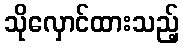
သိုလှောင်ထားသည့်